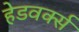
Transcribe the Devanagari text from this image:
हेडवर्क्स